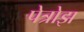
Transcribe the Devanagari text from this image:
पेत्रोझ